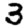
Digit: 3